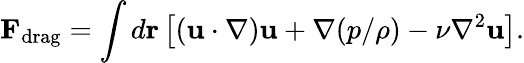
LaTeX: {\mathbf F}_{\mathrm{drag}}=\int d{\mathbf r}\left[({\mathbf u}\cdot\nabla){\mathbf u}+\nabla({p}/{\rho})-\nu\nabla^{2}{\mathbf u}\right].